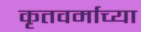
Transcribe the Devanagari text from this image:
कृतवर्माच्या